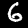
Label: 6